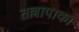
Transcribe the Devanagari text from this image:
तल्लापाका